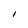
Character: I